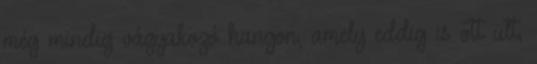
még mindig vágyakozó hangon, amely eddig is ott ült,